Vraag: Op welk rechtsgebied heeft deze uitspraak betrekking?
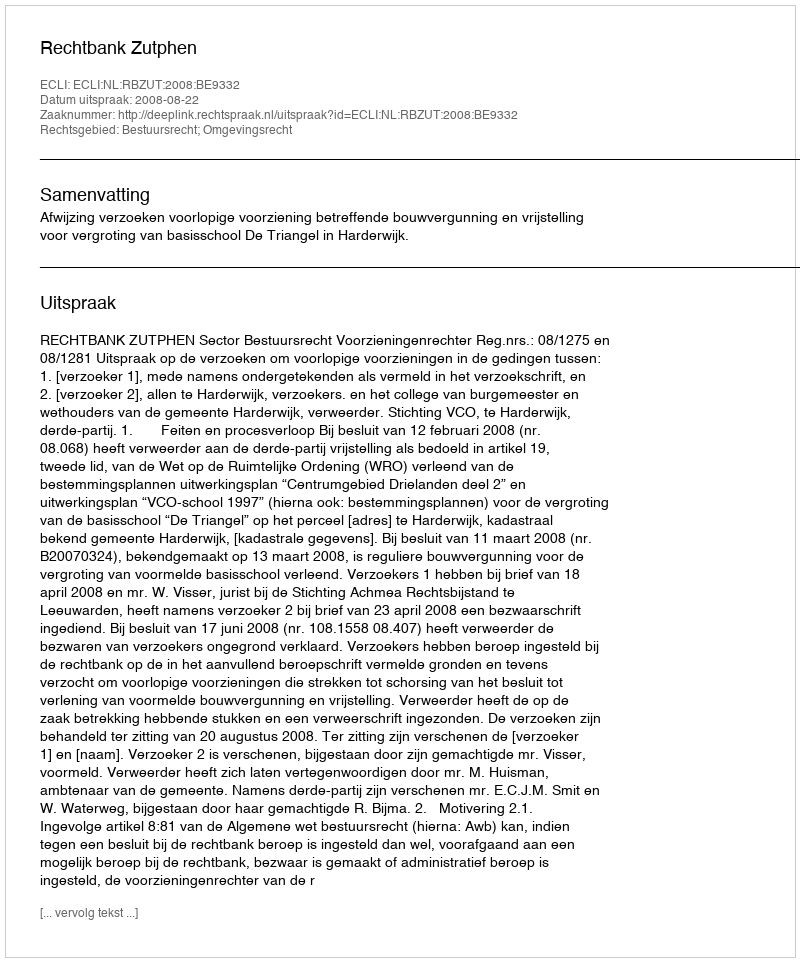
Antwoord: Bestuursrecht; Omgevingsrecht